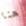
هنا